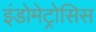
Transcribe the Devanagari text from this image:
इंडोमेट्रोसिस